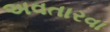
અવતારવા